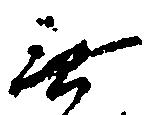
無